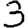
Digit: 3